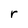
Character: r